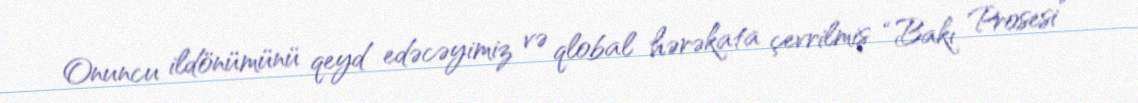
Onuncu ildönümünü qeyd edəcəyimiz və qlobal hərəkata çevrilmiş “Bakı Prosesi”